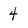
Character: 4